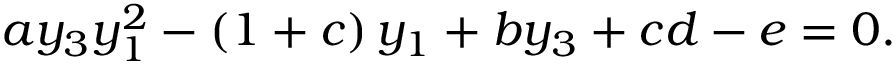
a y _ { 3 } y _ { 1 } ^ { 2 } - \left( 1 + c \right) y _ { 1 } + b y _ { 3 } + c d - e = 0 .